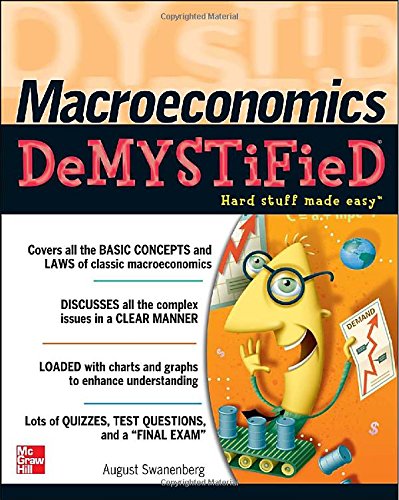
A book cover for Macroeconomics Demystified; August Swanenberg; Business & Money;